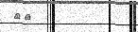
٤٤